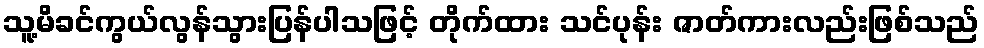
သူ့မိခင်ကွယ်လွန်သွားပြန်ပါသဖြင့် တိုက်ထား သင်ပုန်း ဇာတ်ကားလည်းဖြစ်သည်